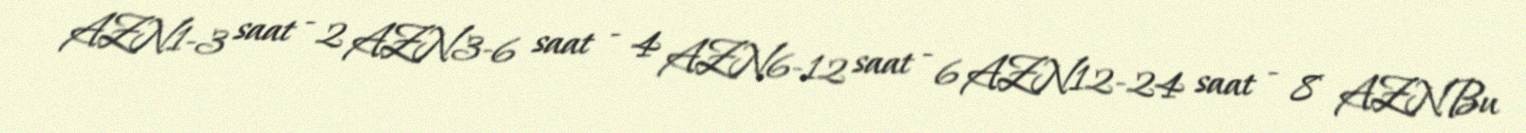
AZN1-3 saat - 2 AZN3-6 saat - 4 AZN6-12 saat - 6 AZN12-24 saat - 8 AZNBu